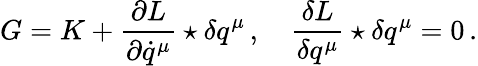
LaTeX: G=K+\frac{\partial L}{\partial\dot{q}^{\mu}}\star\delta q^{\mu}\, ,\quad\frac{\delta L}{\delta q^{\mu}}\star\delta q^{\mu}=0\, .